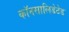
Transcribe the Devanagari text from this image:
कॉनसालिडेटेड